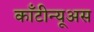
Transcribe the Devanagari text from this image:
काँटीन्यूअस